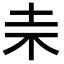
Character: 𣏄